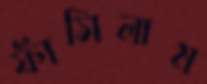
ফাঁসিলাম